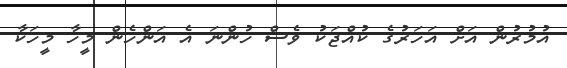
އުމުރުން އަށް އަހަރުގެ ކުއްޖަކު ވެސް ހުންނަ އެ އަންހެން މީހާ މީހަކާ